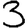
Digit: 3